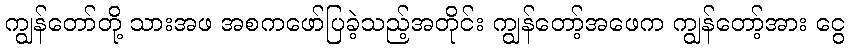
ကျွန်တော်တို့ သားအဖ အစကဖော်ပြခဲ့သည့်အတိုင်း ကျွန်တော့်အဖေက ကျွန်တော့်အား ငွေ